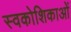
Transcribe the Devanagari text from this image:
स्वकोशिकाओं